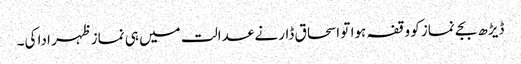
ڈیڑھ بجے نماز کو وقفہ ہوا تو اسحاق ڈار نے عدالت میں ہی نماز ظہر ادا کی۔